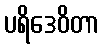
ပရိဒေဝိတာ